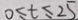
0 \leq t \leq 2 5